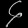
Digit: ၄